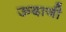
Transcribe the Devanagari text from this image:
ऊदाजी